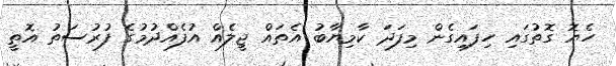
ހެޔޮ ގޮތުގައި ހިފައިގެން މިފަދަ ކާމިޔާބު އެތައް ޖީލެއް އުފެއްދުމުގެ ފުރުސަތު އޮތީ